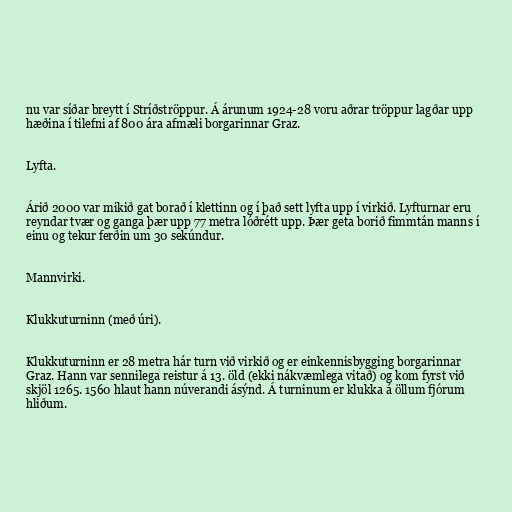
nu var síðar breytt í Stríðströppur. Á árunum 1924-28 voru aðrar tröppur lagðar upp
hæðina í tilefni af 800 ára afmæli borgarinnar Graz.

Lyfta.

Árið 2000 var mikið gat borað í klettinn og í það sett lyfta upp í virkið. Lyfturnar eru
reyndar tvær og ganga þær upp 77 metra lóðrétt upp. Þær geta borið fimmtán manns í
einu og tekur ferðin um 30 sekúndur.

Mannvirki.

Klukkuturninn (með úri).

Klukkuturninn er 28 metra hár turn við virkið og er einkennisbygging borgarinnar
Graz. Hann var sennilega reistur á 13. öld (ekki nákvæmlega vitað) og kom fyrst við
skjöl 1265. 1560 hlaut hann núverandi ásýnd. Á turninum er klukka á öllum fjórum
hliðum.